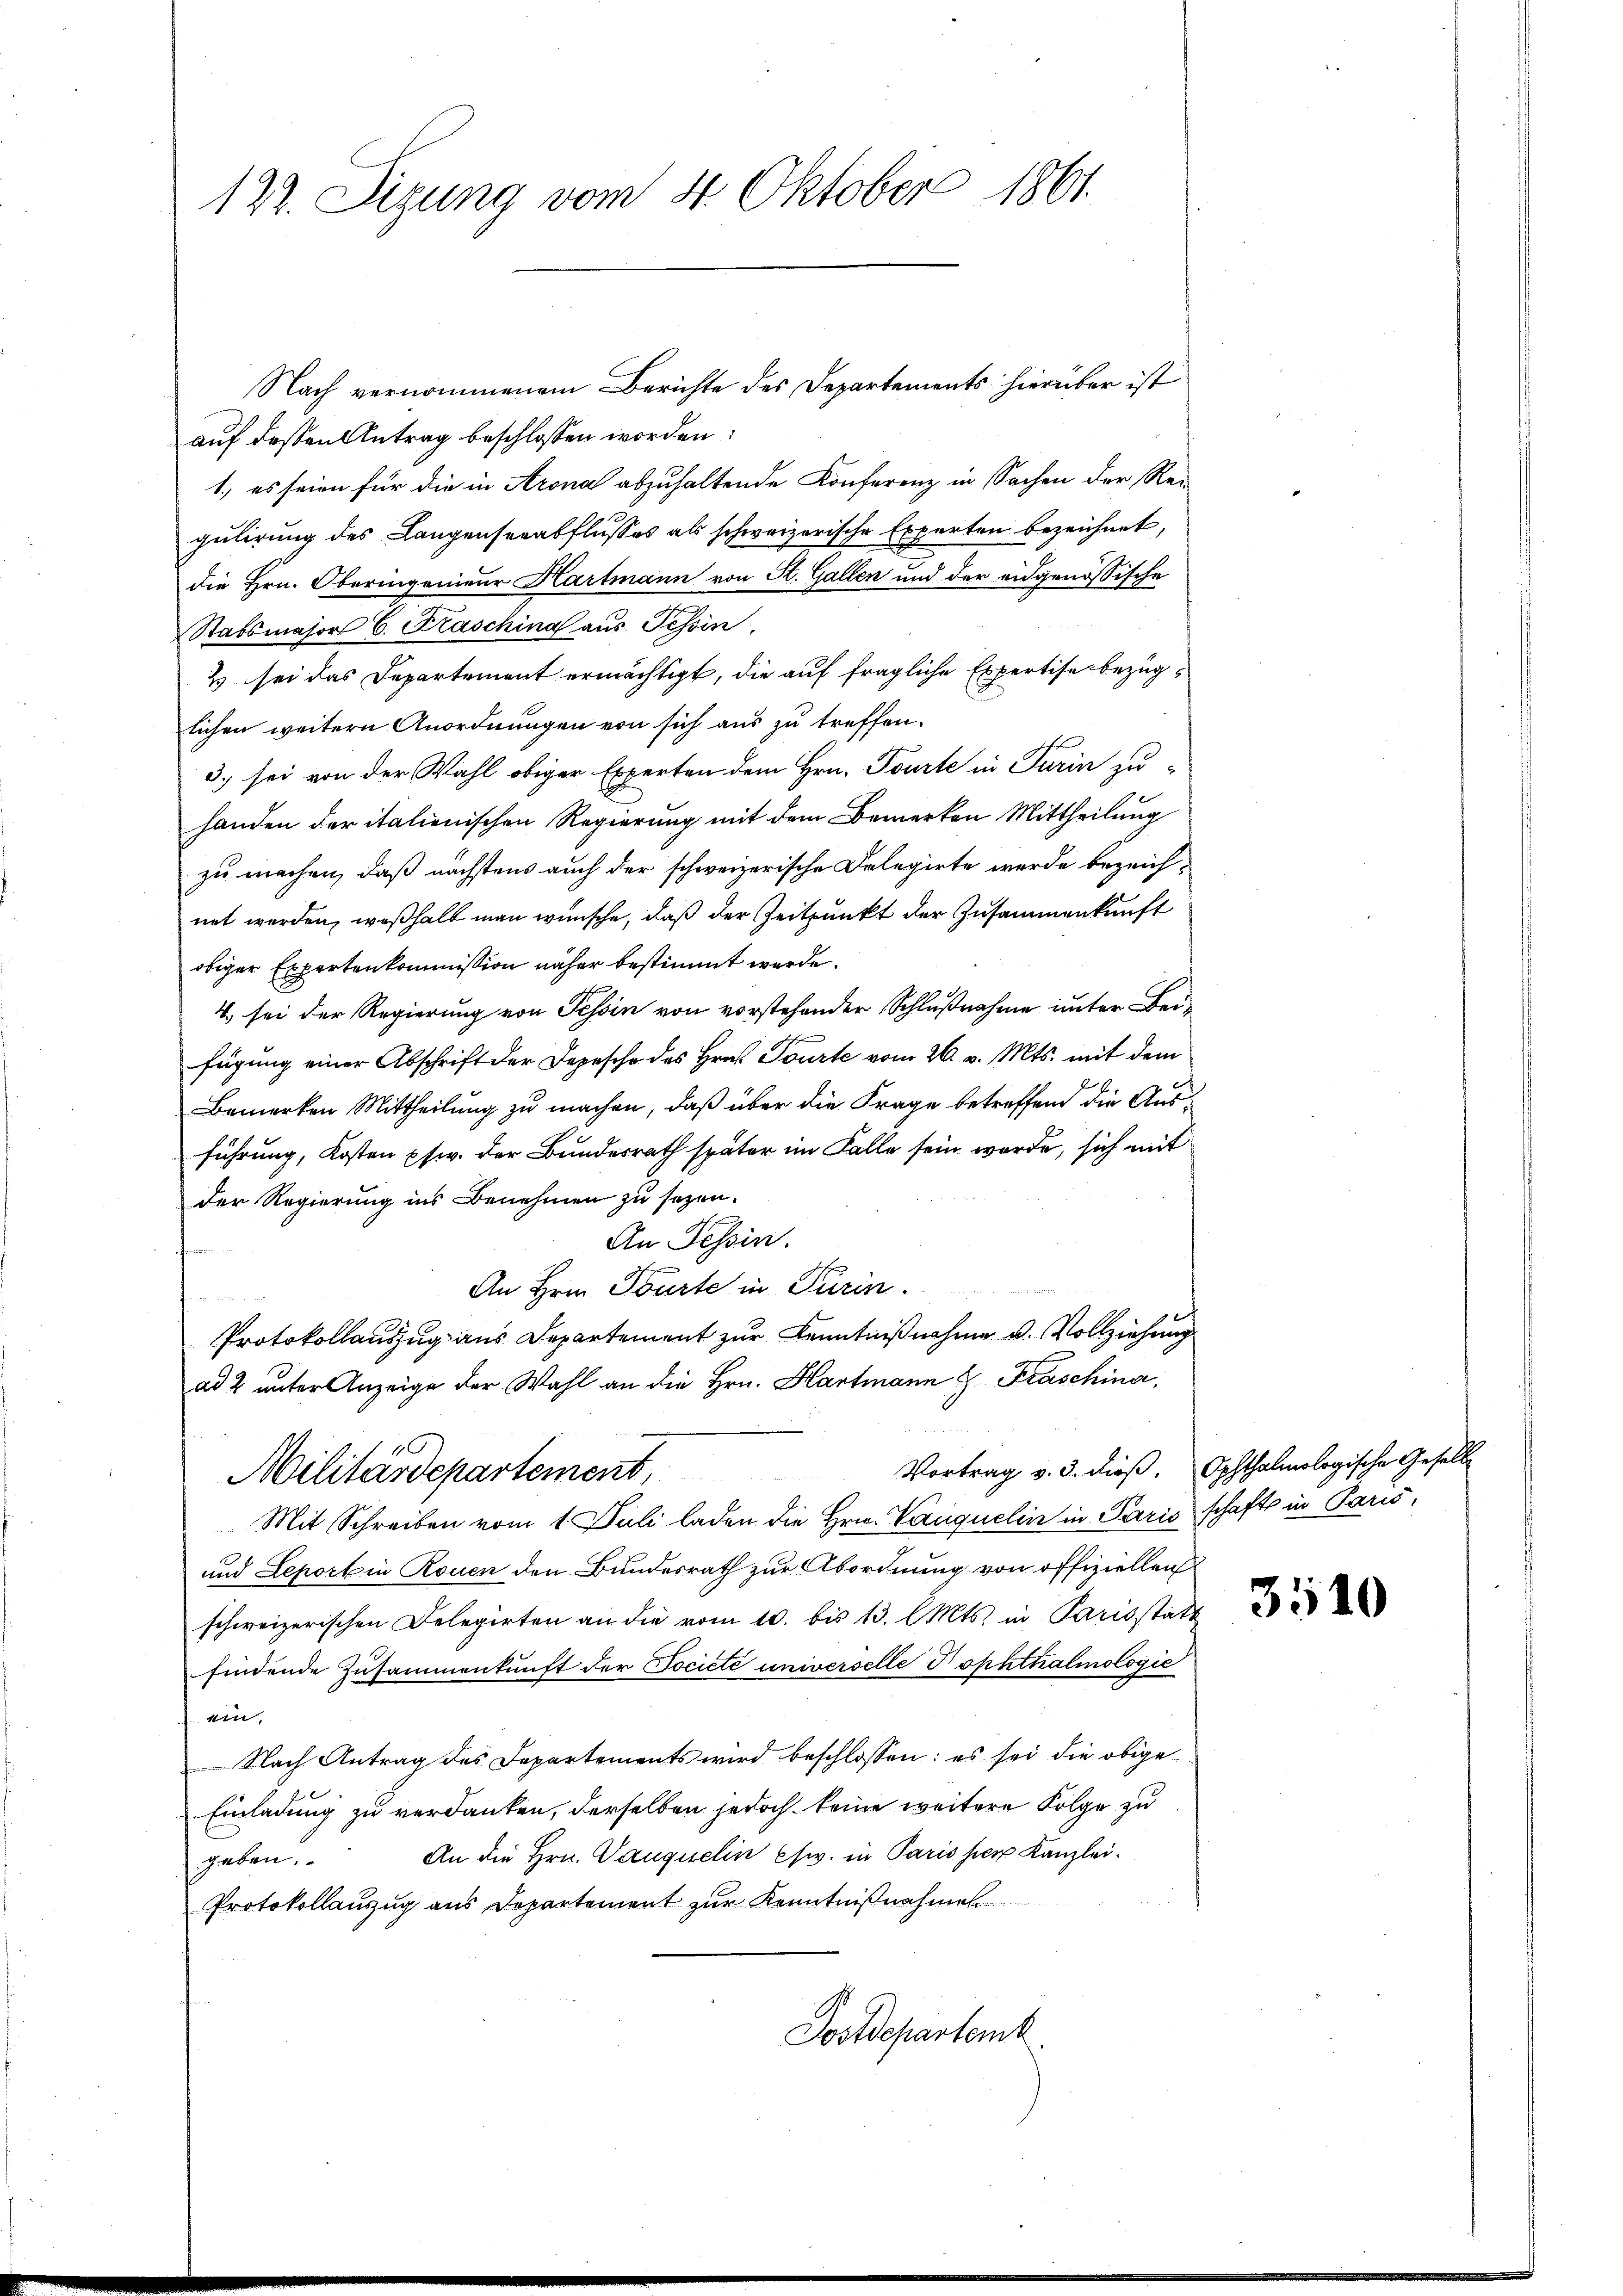
122. Sizung vom 4. Oktober 1861

Nach vernommenem Berichte des Departements hierüber ist
auf dessen Antrag beschlossen worden:
1.) es seien für die in Arona abzuhaltende Konferenz in Sachen der Rei-
gulirung des Langenserabflusses als schweizerische Experten bezeichnet,
die Hrn. Oberingenieur Hartmann von St. Gallen und der eidgenössische
Stabsmajor 6. Kraschina aus Tessin,
Es sei das Departement ermächtigt, die auf fragliche Expertise bezüglichen weitern Anordnungen von sich aus zu treffen.
3) sei von der Wahl obiger Experten dem Hrn. Tourte in Turin zu-
handen der italienischen Regierung mit dem Bemerken Mittheilung
zu machen, daß nächstens auch der schweizerische Delegirte werde bezeichnet werden, weßhalb man wünsche, daß der Zeitpunkt der Zusammenkunft
obiger Expertenkommission näher bestimmt werde.
4. sei der Regierung von Tessin von vorstehender Schlußnahme unter Beifügung einer Abschrift der Depesche des Hrn. Tourte vom 26. v. Mts. mit dem
Bemerken Mittheilung zu machen, daß über die Frage betreffend die Ausführung, Kosten psw. der Bundesrath später im Falle sein werde, sich mit
der Regierung ins Benehmen zu sezen.
An Tessin.
An Hrn. Tourte in Turin.

Protokollauszug aus Departement zur Kenntnißnahme u. Vollziehung
ad 2 unter Anzeige der Wahl an die Hrn. Hartmann 8 Fraschina
Vortrag v. 3. dieß. Ochthalmologische Gesell-
Militärdepartement,
Mit Schreiben vom 1. Juli laden die Hrn. Vauquelin in Paris schaft in Paris,
und Leportin Rouen den Bundesrath zur Abordnung von offiziellen
schweizerischen Delegirten an die vom 10. bis 13. Mts. in Parisstatt
findende Zusammenkunft der Tocieté universelle Nophthalmologie
ein.
Nach Antrag des Departements wird beschlossen: es sei die obige
Einladung zu verdanken, derselben jedoch keine weitere Folge zu
An die Hrn. Vauquelin khw. in Paris her Kanzlei.
geben.
Protokollauzug aus Departement zur Kenntnißnahmen
Postdepartemb

3510